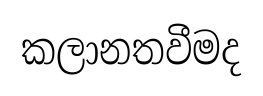
කලානතවීමද